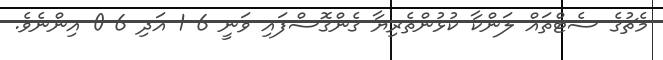
މެޗުގެ ސެޓްތައް ލަންކާ ކުޅުންތެރިޔާ ގެންގޮސްފައި ވަނީ 6-1 އަދި 6-0 އިންނެވެ.